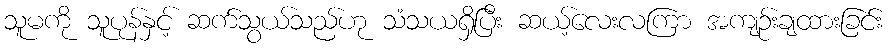
သူမကို သူပုန်နှင့် ဆက်သွယ်သည်ဟု သံသယရှိပြီး ဆယ့်လေးလကြာ အကျဉ်းချထားခြင်း